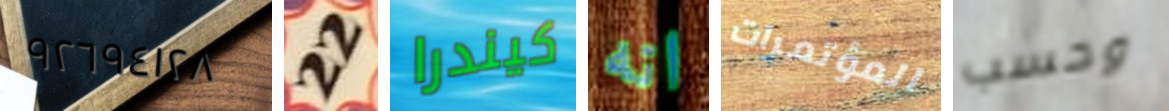
٩٢٦٩٤١٢٨ 22 كيندرا انه المؤتمرات وحسب